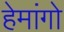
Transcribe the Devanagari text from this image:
हेमांगो